Report of the Municipal Commissioner on the plague in Bombay for the year ending 31st May... - Volume 1
Disease focus: Plague
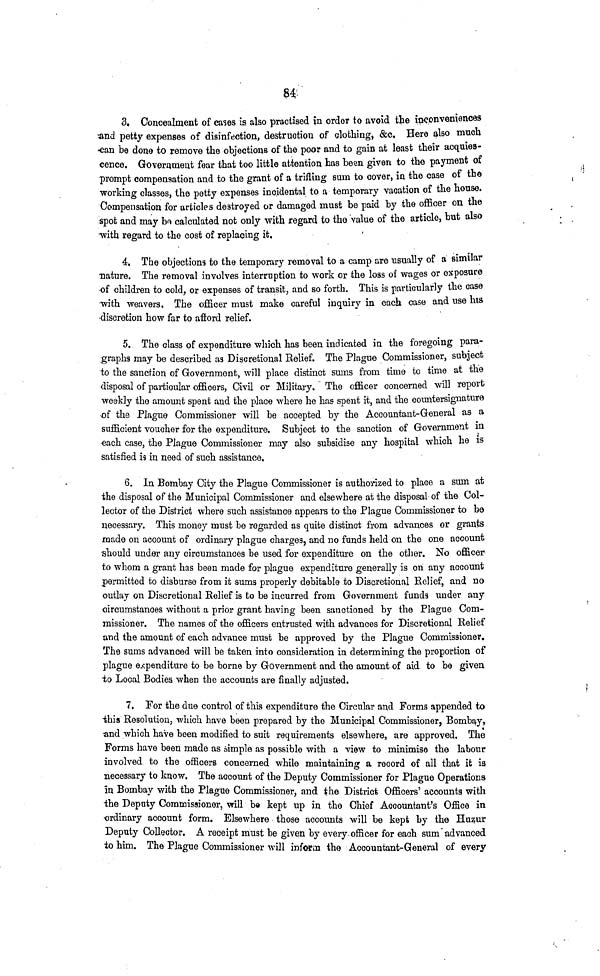
84
3. Concealment of cases is also practised in order to avoid the inconveniences
and petty expenses of disinfection, destruction of clothing, &c. Here also much
can be done to remove the objections of the poor and to gain at least their acquies-
cence. Government fear that too little attention has been given to the payment of
prompt compensation and to the grant of a trifling sum to cover, in the case of the
working classes, the petty expenses incidental to a temporary vacation of the house.
Compensation for articles destroyed or damaged must be paid by the officer on the
spot and may be calculated not only with regard to the value of the article, but also
with regard to the cost of replacing it.
4. The objections to the temporary removal to a camp are usually of a similar
nature. The removal involves interruption to work or the loss of wages or exposure
of children to cold, or expenses of transit, and so forth. This is particularly the case
with weavers. The officer must make careful inquiry in each case and use his
discretion how far to afford relief.
5. The class of expenditure which has been indicated in the foregoing para-
graphs may be described as Discretional Belief. The Plague Commissioner, subject
to the sanction of Government, will place distinct sums from time to time at the
disposal of particular officers, Civil or Military. The officer concerned will report
weekly the amount spent and the place where he has spent it, and the countersignature
of the Plague Commissioner will be accepted by the Accountant-General as a
sufficient voucher for the expenditure. Subject to the sanction of Government in
each case, the Plague Commissioner may also subsidise any hospital which he is
satisfied is in need of such assistance,
6. In Bombay City the Plague Commissioner is authorized to place a sum at
the disposal of the Municipal Commissioner and elsewhere at the disposal of the Col-
lector of the District where such assistance appears to the Plague Commissioner to be
necessary. This money must be regarded as quite distinct from advances or grants
made on account of ordinary plague charges, and no funds held on the one account
should under any circumstances be used for expenditure on the other. No officer
to whom a grant has been made for plague expenditure generally is on any account
permitted to disburse from it sums properly debitable to Discretional Relief, and no
outlay on Discretional Relief is to be incurred from Government funds under any
circumstances without a prior grant having been sanctioned by the Plague Com-
missioner. The names of the officers entrusted with advances for Discretional Relief
and the amount of each advance must be approved by the Plague Commissioner.
The sums advanced will be taken into consideration in determining the proportion of
plague expenditure to be borne by Government and the amount of aid to be given
to Local Bodies when the accounts are finally adjusted.
7. For the due control of this expenditure the Circular and Forms appended to
this Resolution, which have been prepared by the Municipal Commissioner, Bombay,
and which have been modified to suit requirements elsewhere, are approved. The
Forms have been made as simple as possible with a view to minimise the labour
involved to the officers concerned while maintaining a record of all that it is
necessary to know. The account of the Deputy Commissioner for Plague Operations
in Bombay with the Plague Commissioner, and the District Officers' accounts with
the Deputy Commissioner, will be kept up in the Chief Accountant's Office in
ordinary account form. Elsewhere those accounts will be kept by the Huzur
Deputy Collector. A receipt must be given by every officer for each sum advanced
to him. The Plague Commissioner will inform the Accountant-General of every